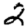
Digit: 2